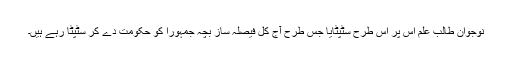
نوجوان طالب علم اس پر اس طرح سٹپٹایا جس طرح آج کل فیصلہ ساز بچہ جمہورا کو حکومت دے کر سٹپٹا رہے ہیں۔